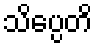
သိပ္ပေတိ